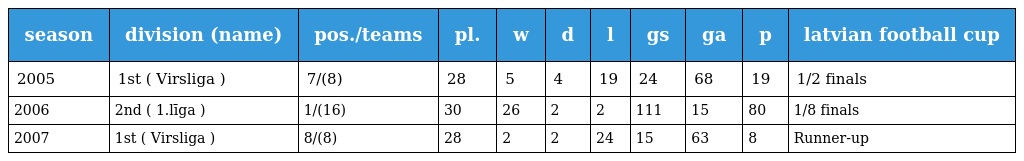
| season | division (name) | pos./teams | pl. | w | d | l | gs | ga | p | latvian football cup |
 | --- | --- | --- | --- | --- | --- | --- | --- | --- | --- | --- |
 | 2005 | 1st ( Virsliga ) | 7/(8) | 28 | 5 | 4 | 19 | 24 | 68 | 19 | 1/2 finals |
 | 2006 | 2nd ( 1.līga ) | 1/(16) | 30 | 26 | 2 | 2 | 111 | 15 | 80 | 1/8 finals |
 | 2007 | 1st ( Virsliga ) | 8/(8) | 28 | 2 | 2 | 24 | 15 | 63 | 8 | Runner-up |